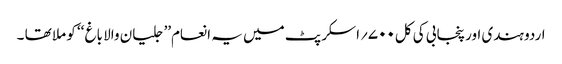
اردو ہندی اور پنجابی کی کل۷۰۰؍اسکرپٹ میں یہ انعام’’ جلیان والا باغ ‘‘ کو ملا تھا ۔